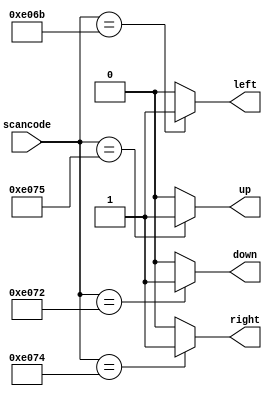
module top_module (
    input [15:0] scancode,
    output reg left,
    output reg down,
    output reg right,
    output reg up  ); 
    
    always@(*) begin
        up = 1'b0; down = 1'b0; left = 1'b0; right = 1'b0; // default value avoid latches
        case(scancode)
            16'he06b: left=1;
            16'he072: down=1;
            16'he074: right=1;
            16'he075: up=1;
            default: begin
                up = 1'b0; down = 1'b0; left = 1'b0; right = 1'b0; // default value avoid latches
            end
        endcase
    end

endmodule